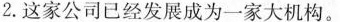
2.这家公司已经发展成为一家大机构。